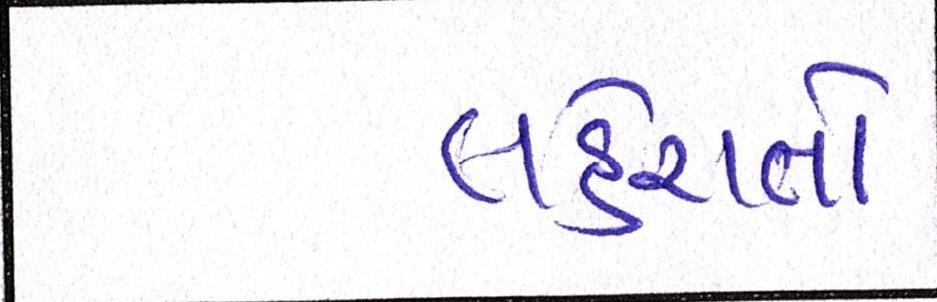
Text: લહેરાતો